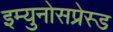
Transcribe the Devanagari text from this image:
इम्युनोसप्रेस्ड